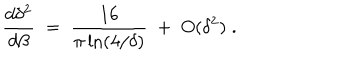
{ \frac { d \delta ^ { 2 } } { d \beta } } \; = \; { \frac { 1 6 } { \pi \ln ( 4 / \delta ) } } \; + \; O ( \delta ^ { 2 } ) \; .